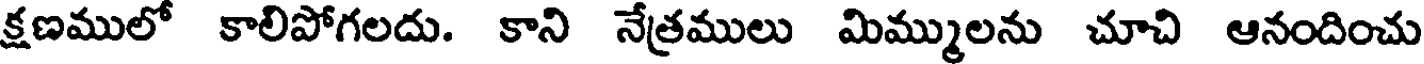
క్షణములో కాలిపోగలదు. కాని నేత్రములు మిమ్ములను చూచి ఆనందించు